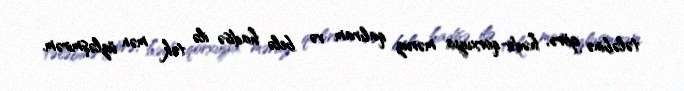
tələbinə görə, hədə-qorxuya məruz qalıram və belə hadisə ilə tək mən üzləşmirəm.